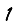
Digit: 1